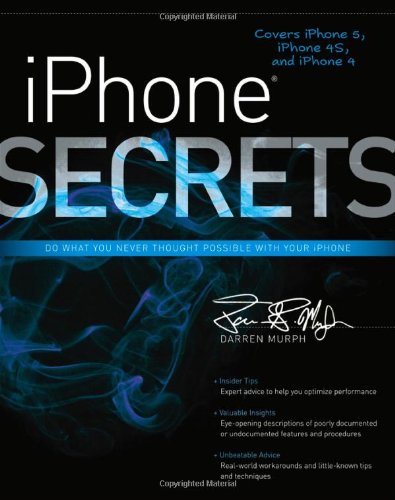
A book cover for iPhone Secrets; Darren Murph; Computers & Technology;